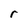
Character: r